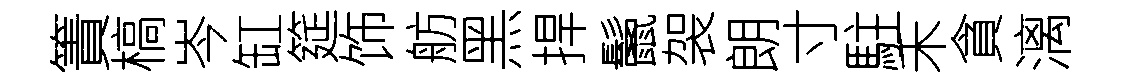
簀槁岑缸筵饰舫黑捍鬛袈朗寸駐禾貪漓